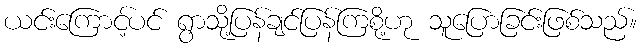
ယင်းကြောင့်ပင် ရွာသို့ပြန်ချင်ပြန်ကြစို့ဟု သူပြောခြင်းဖြစ်သည်။